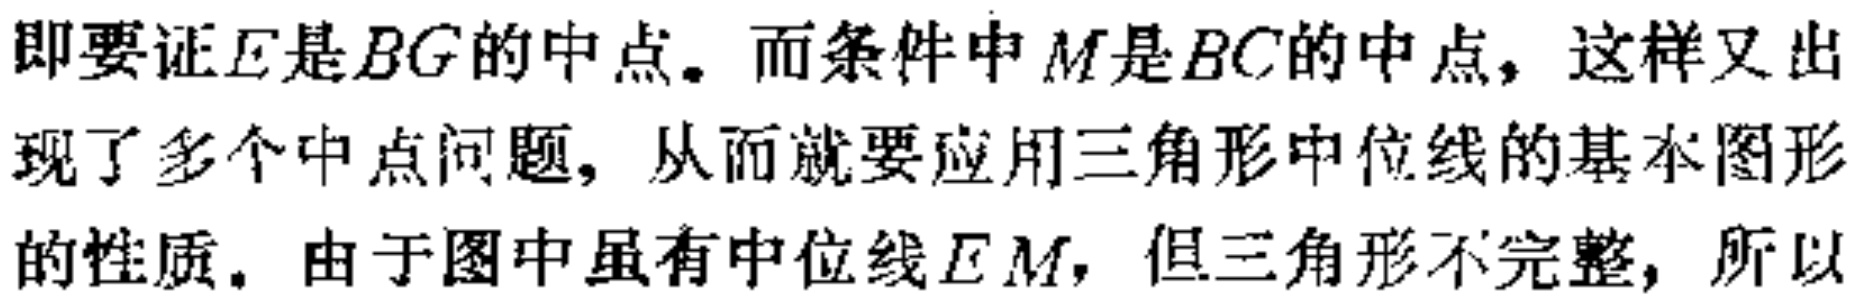
即要证\(E\)是\(BG\)的中点。而条件中\(M\)是\(BC\)的中点，这样又出现了多个中点问题，从而就要应用三角形中位线的基本图形的性质。由于图中虽有中位线\(EM\)，但三角形不完整，所以